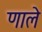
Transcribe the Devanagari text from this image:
णाले